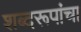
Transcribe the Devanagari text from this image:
शब्दरूपांचा